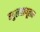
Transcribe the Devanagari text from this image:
बहुलतामूलक